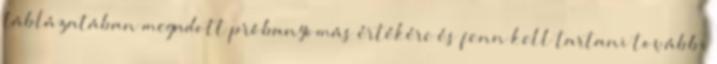
táblázatában megadott próbanyomás értékére és fenn kell tartani további